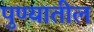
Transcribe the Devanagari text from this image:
पुण्‍यातील